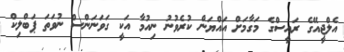
އެލްޖީއޭގެ ރައީސްގެ މަގާމަށް އައްޔަން ކުރެވުނު ނިއުމާ އަކީ ގަވަނަންސް ނުވަތަ ޕަބްލިކް